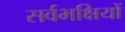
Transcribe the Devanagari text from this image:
सर्वभक्षियों